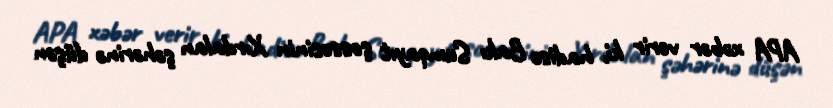
APA xəbər verir ki, hadisə Bakı Sumqayıt şossesinin Xırdalan şəhərinə düşən